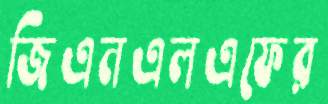
জিএনএলএফের